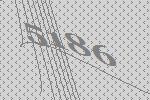
5186